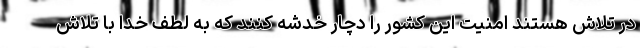
در تلاش هستند امنیت این کشور را دچار خدشه کنند که به لطف خدا با تلاش